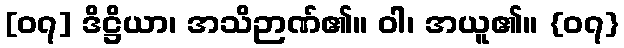
[၀၇] ဒိဋ္ဌိယာ၊ အသိဉာဏ်၏။ ဝါ၊ အယူ၏။ {၀၇}